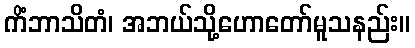
ကိံဘာသိတံ၊ အဘယ်သို့ဟောတော်မူသနည်း။